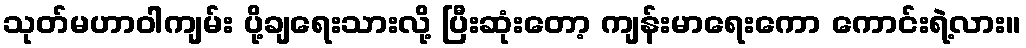
သုတ်မဟာဝါကျမ်း ပို့ချရေးသားလို့ ပြီးဆုံးတော့ ကျန်းမာရေးကော ကောင်းရဲ့လား။